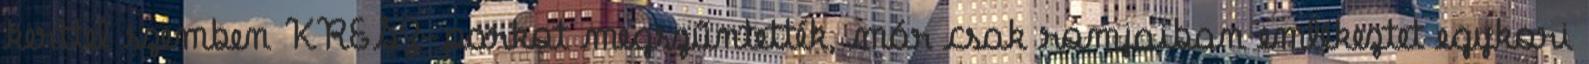
kerttel szemben KRESZ-parkot megszűntették, már csak romjaiban emlékeztet egykori